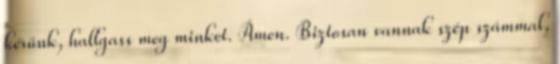
kérünk, hallgass meg minket. Ámen. Biztosan vannak szép számmal,